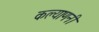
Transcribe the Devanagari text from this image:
कल्याणनी